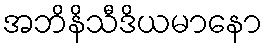
အဘိနိသီဒိယမာနော